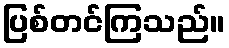
ပြစ်တင်ကြသည်။